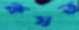
কষত